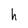
Character: h